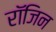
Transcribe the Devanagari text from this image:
रॉजिन